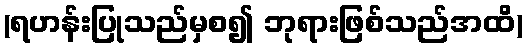
(ရဟန်းပြုသည်မှစ၍ ဘုရားဖြစ်သည်အထိ)